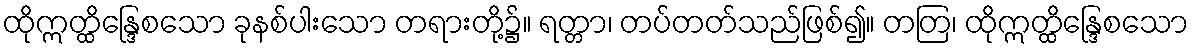
ထိုဣတ္ထိန္ဒြေစသော ခုနစ်ပါးသော တရားတို့၌။ ရတ္တာ၊ တပ်တတ်သည်ဖြစ်၍။ တတြ၊ ထိုဣတ္ထိန္ဒြေစသော